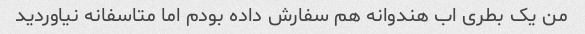
من یک بطری اب هندوانه هم سفارش داده بودم اما متاسفانه نیاوردید